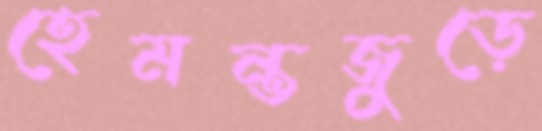
হেমন্তজুড়ে